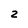
Character: 2